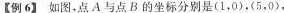
【例6】如图，点A与点B的坐标分别是(1，0)，(5，0)，